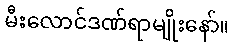
မီးလောင်ဒဏ်ရာမျိုးနော်။